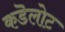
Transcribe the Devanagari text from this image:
कडॆलोट